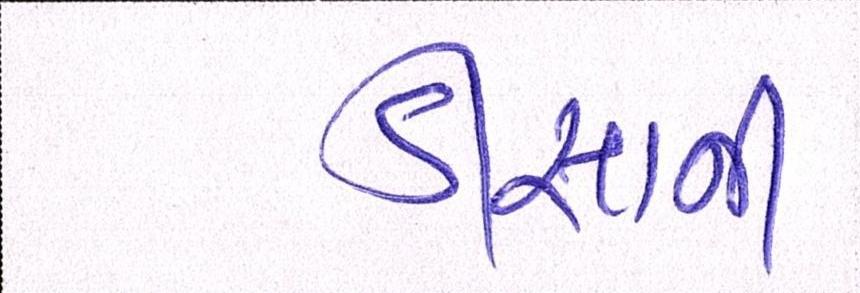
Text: ડીસાની